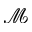
\mathcal { M }